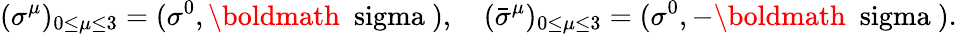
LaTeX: ({\sigma}^{\mu})_{0\le\mu\le 3}=(\sigma^{0},\mathrm{\boldmath~\ sigma~}),\quad({\bar{\sigma}}^{\mu})_{0\le\mu\le 3}=(\sigma^{0},-\mathrm{\boldmath~\ sigma~}).